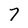
Character: 7